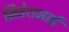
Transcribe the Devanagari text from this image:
मितेशभाई